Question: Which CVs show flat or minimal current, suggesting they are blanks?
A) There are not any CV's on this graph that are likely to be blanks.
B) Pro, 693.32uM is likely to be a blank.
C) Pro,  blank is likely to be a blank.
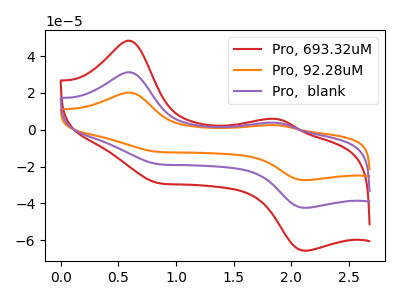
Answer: <think>The red curve "Pro, 693.32uM" has anodic peaks at (0.60V, 48.35uA) (1.85V, 5.80uA) and cathodic peaks at (0.85V, -28.80uA) (2.10V, -65.75uA). The orange curve "Pro, 92.28uM" has anodic peaks at (0.60V, 62.45uA) (1.85V, 7.50uA) and cathodic peaks at (0.85V, -37.15uA) (2.10V, -84.95uA). The purple curve "Pro,  blank" has anodic peaks at (0.60V, 31.20uA) (1.85V, 3.75uA) and cathodic peaks at (0.85V, -18.60uA) (2.10V, -42.45uA).</think>
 <answer>A) There are not any CV's on this graph that are likely to be blanks.</answer>
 <eval>A</eval>